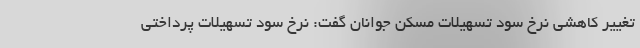
تغییر کاهشی نرخ سود تسهیلات مسکن جوانان گفت: نرخ سود تسهیلات پرداختی